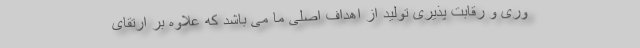
وری و رقابت پذیری تولید از اهداف اصلی ما می باشد که علاوه بر ارتقای